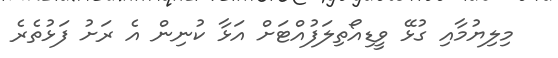
މިލިޔުމާއި ގުޅޭ ވީޑިއޯތިލަފުއްޓަށް އަޅާ ކުނިން އެ ރަށު ފަޅުތެރެ